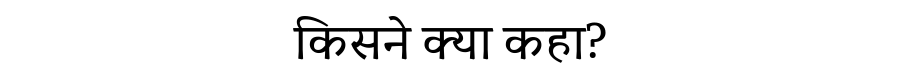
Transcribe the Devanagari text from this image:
किसने क्या कहा?